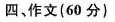
四，作文(60分)